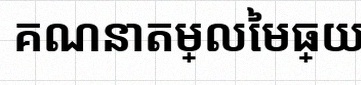
គណនាតម្លៃមធ្យម